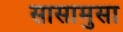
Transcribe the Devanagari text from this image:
सासामुसा